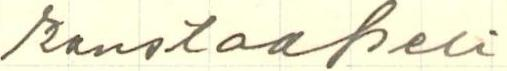
konstaapeli